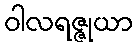
ဝါလရဇ္ဇုယာ